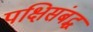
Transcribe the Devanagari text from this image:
पक्षिसंबद्ध